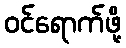
ဝင်ရောက်ဖို့